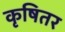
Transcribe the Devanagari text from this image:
कृषितर